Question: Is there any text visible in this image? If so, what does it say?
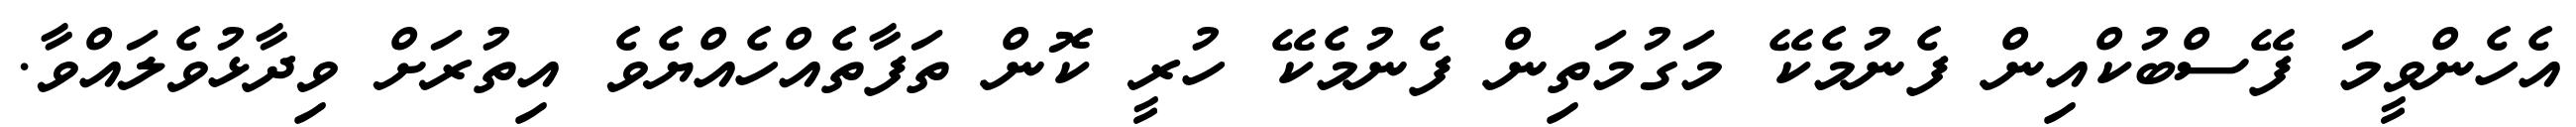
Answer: އެހެންވީމަ ފޭސްބުކްއިން ފެނުމެކޭ މަގުމަތިން ފެނުމެކޭ ހުރީ ކޮން ތަފާތެއްހެއްޔެވެ އިތުރަށް ވިދާޅުވެލައްވާ.